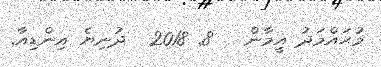
މުޙައްމަދު އީމާން   8